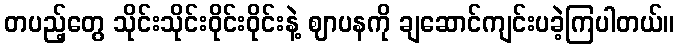
တပည့်တွေ သိုင်းသိုင်းဝိုင်းဝိုင်းနဲ့ ဈာပနကို ချဆောင်ကျင်းပခဲ့ကြပါတယ်။